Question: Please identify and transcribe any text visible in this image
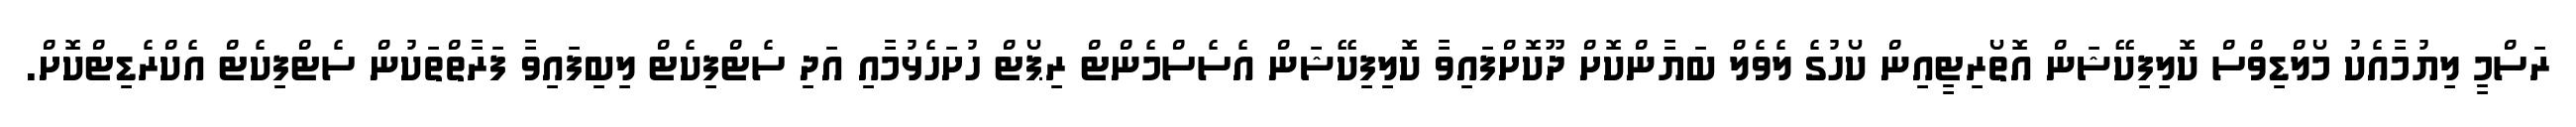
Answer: ރަސްމީ ލިޔުމާއެކު މޯލްޑިވްސް ކޮލިފިކޭޝަން އޮތޯރިޓީއިން ކޯހުގެ ލެވެލް ބަޔާންކޮށް ދޫކޮށްފައިވާ ކޮލިފިކޭޝަން އެސެސްމެންޓް ރިޕޯޓް ހުށަހެޅުމާއި އަދި ސެޓްފިކެޓް ލިބިފައިވާ ފަރާތްތަކުން ސެޓްފިކެޓް އެކްރެޑިޓްކޮށް.